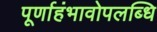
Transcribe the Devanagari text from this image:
पूर्णाहंभावोपलब्धि